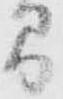
間